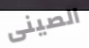
الصينى